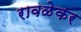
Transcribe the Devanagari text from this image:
रावळेकर